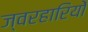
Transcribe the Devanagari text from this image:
ज्वरहारियों